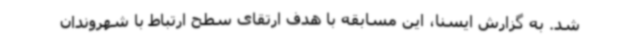
شد. به گزارش ایسنا، این مسابقه با هدف ارتقای سطح ارتباط با شهروندان